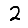
Digit: 2